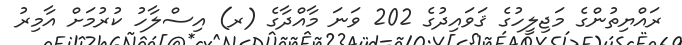
ރައްޔިތުންގެ މަޖިލީހުގެ ޤަވައިދުގެ 202 ވަނަ މާއްދާގެ (ރ) އިސްލާހު ކުރުމަށް އާމިރު